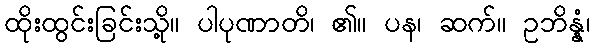
ထိုးထွင်းခြင်းသို့။ ပါပုဏာတိ၊ ၏။ ပန၊ ဆက်။ ဥဘိန္နံ၊